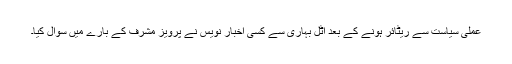
عملی سیاست سے ریٹائر ہونے کے بعد اٹل بہاری سے کسی اخبار نویس نے پرویز مشرف کے بارے میں سوال کیا۔